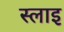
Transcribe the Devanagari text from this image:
स्लाइ